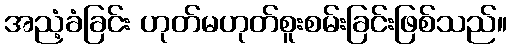
အညံ့ခံခြင်း ဟုတ်မဟုတ်စူးစမ်းခြင်းဖြစ်သည်။